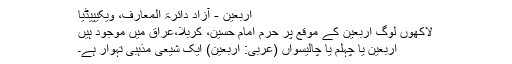
اربعین - آزاد دائرۃ المعارف، ویکیپیڈیا
لاکھوں لوگ اربعین کے موقع پر حرم امام حسین، کربلا،عراق میں موجود ہیں
اربعین یا چہلم یا چالیسواں (عربی: اربعین) ایک شیعی مذہبی تہوار ہے۔